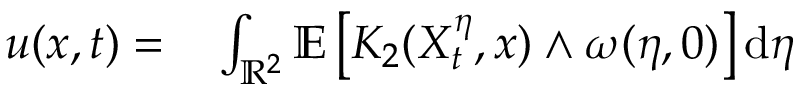
\begin{array} { r l } { u ( x , t ) = } & { { } \int _ { \mathbb { R } ^ { 2 } } \mathbb { E } \left[ K _ { 2 } ( X _ { t } ^ { \eta } , x ) \wedge \omega ( \eta , 0 ) \right] \mathrm { d } \eta } \end{array}